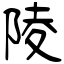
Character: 陵